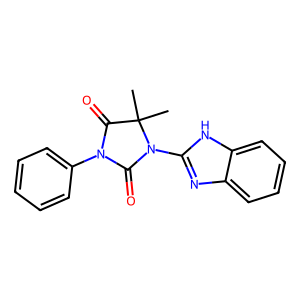
SMILES: CC1(C)C(=O)N(c2ccccc2)C(=O)N1c1nc2ccccc2[nH]1
Inhibits HIV replication: No